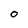
Character: O